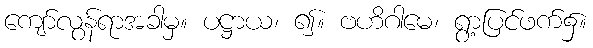
ကျော်လွန်ရာအခါမှ။ ပဋ္ဌာယ၊ ၍။ ဗဟိဂါမေ၊ ရွာ့ပြင်ဖက်၌။